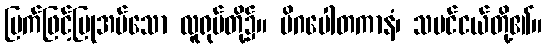
မြက်ဖြင့်ပြုအပ်သော လူရုပ်တို့၌။ မိဂပေါတကာနံ၊ သမင်ငယ်တို့၏။